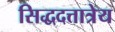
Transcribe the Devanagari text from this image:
सिद्धदत्तात्रेय